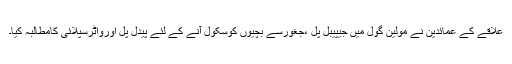
علاقے کے عمائدین نے مولین گول میں جیپیبل پل ،جغورسے بچیوں کوسکول آنے کے لئے پیدل پل اورواٹرسپلائی کامطالبہ کیا۔